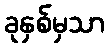
ခုနှစ်မှသာ